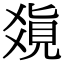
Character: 𤕥